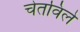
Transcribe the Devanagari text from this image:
चेतविले